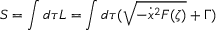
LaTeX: S = \int d \tau { \cal L } = \int d \tau ( \sqrt { - \dot { x } ^ { 2 } { \cal F } ( \zeta ) } + \Gamma )